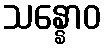
သန္နောဝ